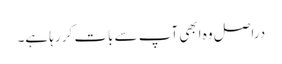
‏ دراصل وہ ابھی آپ سے بات کر رہا ہے۔